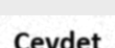
Cevdet